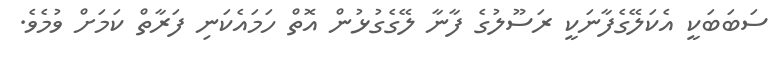
ސަބަބަކީ އެކަލޭގެފާނަކީ ރަސޫލުގެ ފާނާ ލޭގެގުޅުން އޮތް ހަމައެކަނި ފަރާތް ކަމަށް ވުމެވެ.